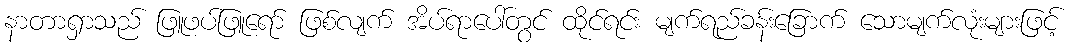
နာတာရှာသည် ဖြူဖပ်ဖြူရော် ဖြစ်လျက် အိပ်ရာပေါ်တွင် ထိုင်ရင်း မျက်ရည်ခန်းခြောက် သောမျက်လုံးများဖြင့်